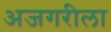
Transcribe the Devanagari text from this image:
अजगरीला